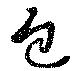
包